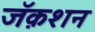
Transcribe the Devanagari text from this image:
जॅक़शन